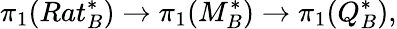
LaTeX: \pi_{1}(Rat_{B}^{*})\to\pi_{1}(M_{B}^{*})\to\pi_{1}(Q_{B}^{*}),